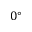
0 ^ { \circ }